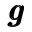
\pmb { g }